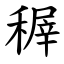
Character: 稺